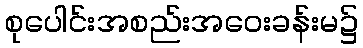
စုပေါင်းအစည်းအဝေးခန်းမ၌